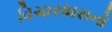
વિચારધારાનો